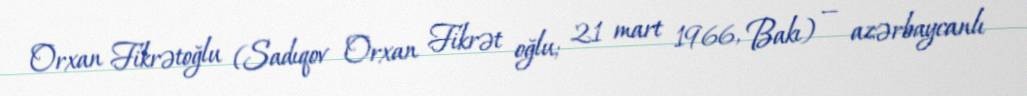
Orxan Fikrətoğlu (Sadıqov Orxan Fikrət oğlu; 21 mart 1966, Bakı) — azərbaycanlı